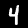
Label: 4